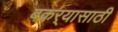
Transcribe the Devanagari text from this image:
बकर्‍यासाठी